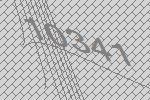
10341